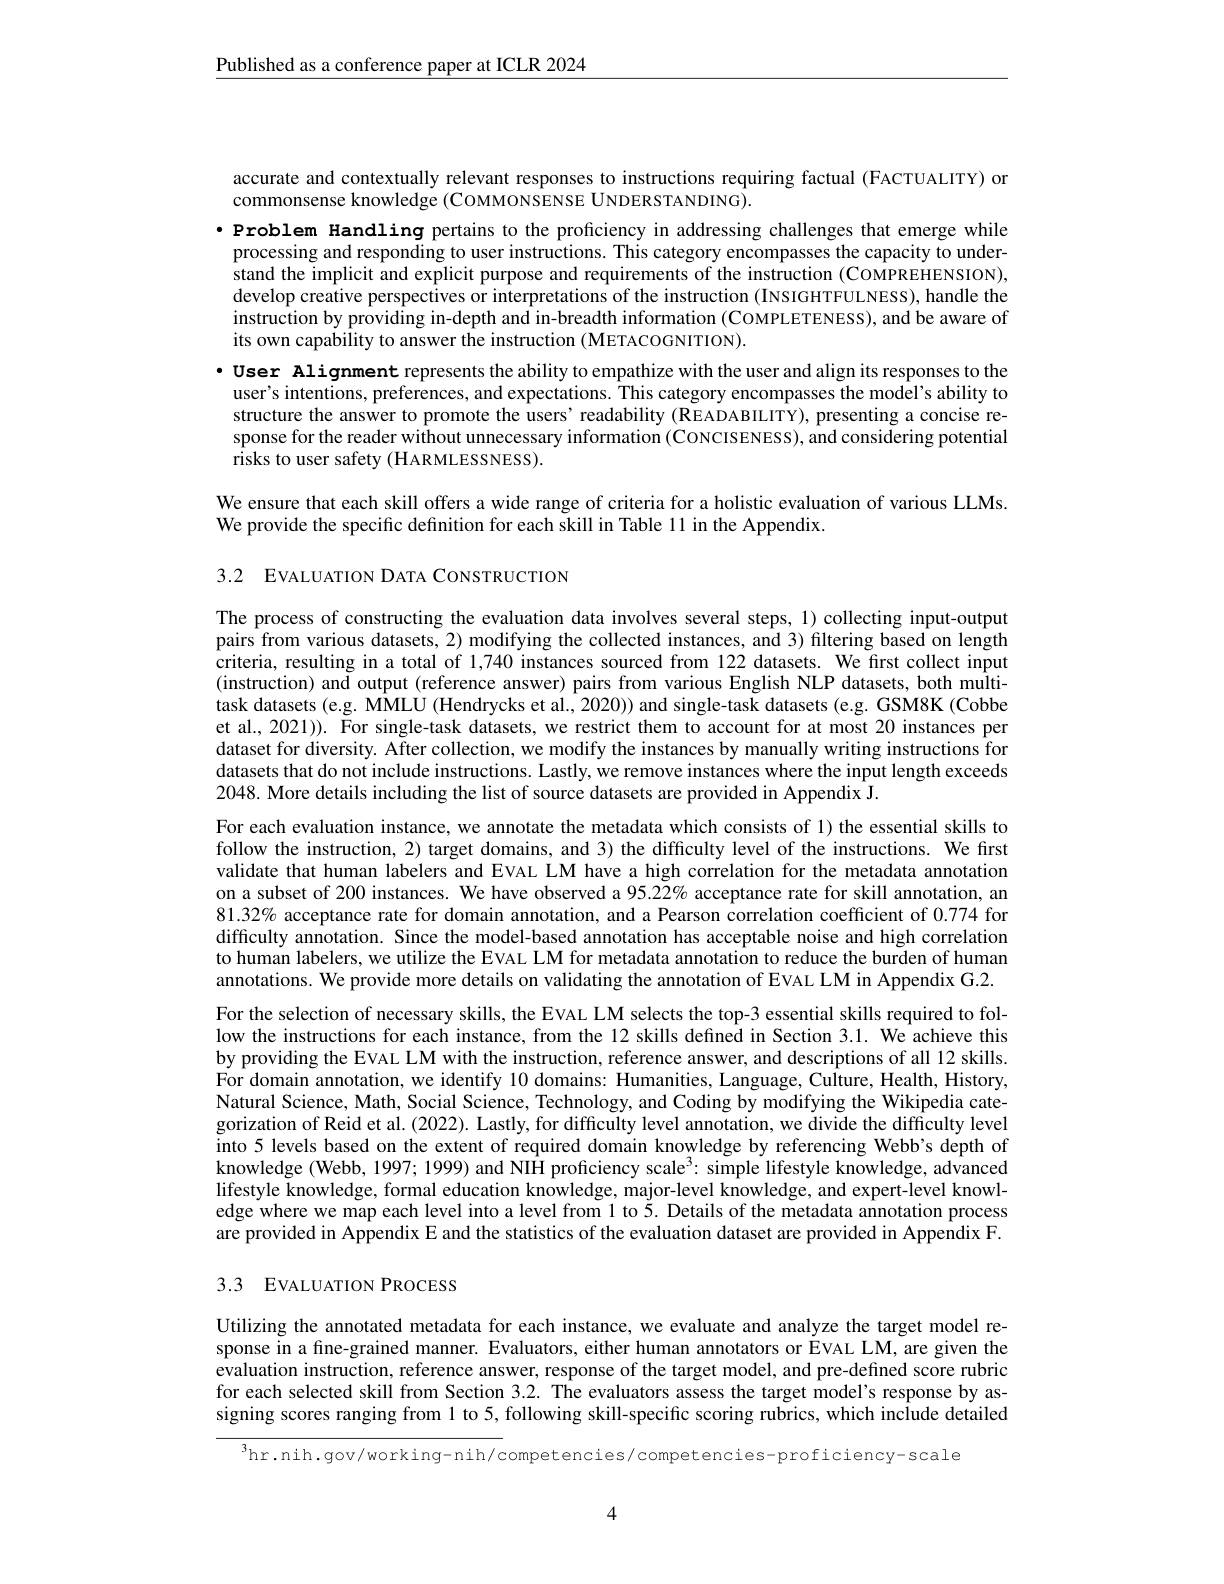
$\underline{\text{Published as a conference paper at ICLR 2024}}$

accurate and contextually relevant responses to instructions requiring factual (FACTUALITY) or

commonsense knowledge (COMMONSENSE UNDERSTANDING).
·Problem Handling pertains to the proficiency in addressing challenges that emerge while processing and responding to user instructions. This category encompasses the capacity to understand the implicit and explicit purpose and requirements of the instruction (COMPREHENSION), develop creative perspectives or interpretations of the instruction (INSIGHTFULNESS), handle the instruction by providing in-depth and in-breadth information (COMPLETENESS), and be aware of its own capability to answer the instruction (METACOGNITION).
·User Alignment represents the ability to empathize with the user and align its responses to the user's intentions, preferences, and expectations. This category encompasses the model's ability to structure the answer to promote the users' readability (READABILITY), presenting a concise response for the reader without unnecessary information (CoNCISENESS), and considering potential risks to user safety (HARMLESSNESS).

We ensure that each skill offers a wide range of criteria for a holistic evaluation of various LLMs.
We provide the specific definition for each skill in Table 11 in the Appendix.

3.2 EVALUATION DATA CONSTRUCTION

The process of constructing the evaluation data involves several steps, 1) collecting input-output pairs from various datasets, 2) modifying the collected instances, and 3) filtering based on length criteria, resulting in a total of 1,740 instances sourced from 122 datasets. We first collect input (instruction) and output (reference answer) pairs from various English NLP datasets, both multitask datasets (e.g. MMLU (Hendrycks et al., 2020)) and single-task datasets (e.g. GSM8K (Cobbe et al., 2021)). For single-task datasets, we restrict them to account for at most 20 instances per dataset for diversity. After collection, we modify the instances by manually writing instructions for datasets that do not include instructions. Lastly, we remove instances where the input length exceeds 2048. More details including the list of source datasets are provided in Appendix J.
For each evaluation instance, we annotate the metadata which consists of 1) the essential skills to follow the instruction, 2) target domains, and 3) the difficulty level of the instructions. We first validate that human labelers and EVAL LM have a high correlation for the metadata annotation on a subset of 200 instances. We have observed a 95.22% acceptance rate for skill annotation, an 81.32% acceptance rate for domain annotation, and a Pearson correlation coefficient of 0.774 for difficulty annotation. Since the model-based annotation has acceptable noise and high correlation to human labelers, we utilize the EVAL LM for metadata annotation to reduce the burden of human annotations. We provide more details on validating the annotation of EVAL LM in Appendix G.2. For the selection of necessary skills, the EvAL LM selects the top-3 essential skills required to follow the instructions for each instance, from the 12 skills defined in Section 3.1. We achieve this by providing the EvAL LM with the instruction, reference answer, and descriptions of all 12 skills For domain annotation, we identify 10 domains: Humanities, Language, Culture, Health, History, Natural Science, Math, Social Science, Technology, and Coding by modifying the Wikipedia categorization of Reid et al. (2022). Lastly, for difficulty level annotation, we divide the diffficulty level into 5 levels based on the extent of required domain knowledge by referencing Webb's depth of knowledge (Webb, 1997; 1999) and NIH proficiency scale$^3:$ simple lifestyle knowledge, advanced lifestyle knowledge, formal education knowledge, major-level knowledge, and expert-level knowledge where we map each level into a level from 1 to $\tilde{5}.$ Details of the metadata annotation process are provided in Appendix E and the statistics of the evaluation dataset are provided in Appendix F.

# 3.3 EVALUATION PROCESS

Utilizing the annotated metadata for each instance, we evaluate and analyze the target model response in a fıne-grained manner. Evaluators, either human annotators or EVAL LM, are given the evaluation instruction, reference answer, response of the target model, and pre-defined score rubric for each selected skill from Section 3.2. The evaluators assess the target model's response by assigning scores ranging from 1 to 5, following skill-specific scoring rubrics, which include detailed

$^{3}$hr.nih.gov/working-nih/competencies/competencies-proficiency-scale

4